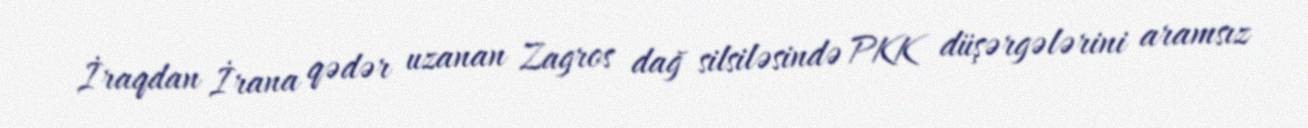
İraqdan İrana qədər uzanan Zagros dağ silsiləsində PKK düşərgələrini aramsız